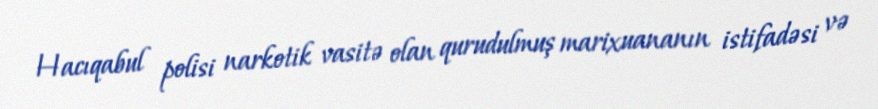
Hacıqabul polisi narkotik vasitə olan qurudulmuş marixuananın istifadəsi və